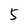
Character: 5